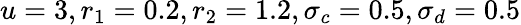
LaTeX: u=3,r_{1}=0.2,r_{2}=1.2,\sigma_{c}=0.5,\sigma_{d}=0.5